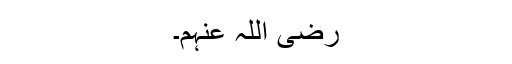
رضی اللہ عنہم۔